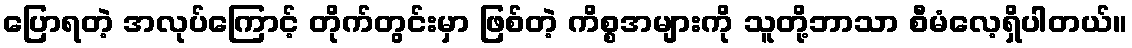
ပြောရတဲ့ အလုပ်ကြောင့် တိုက်တွင်းမှာ ဖြစ်တဲ့ ကိစ္စအများကို သူတို့ဘာသာ စီမံလေ့ရှိပါတယ်။